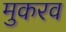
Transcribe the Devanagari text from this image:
मुकरव